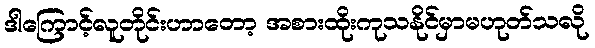
ဒါကြောင့်လူတိုင်းဟာတော့ အစားထိုးကုသနိုင်မှာမဟုတ်သလို